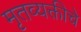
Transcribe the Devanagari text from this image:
मृतव्यक्तीचे